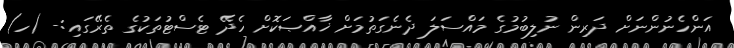
އަންހެނުންނަށް ދަރިން ނުލިބުމުގެ މައްސަލަ ދެނެގަތުމަށް ޚާއްޞަކޮށް ހެދޭ ޓެސްޓުތަކުގެ ތެރޭގައި:- (ހ)